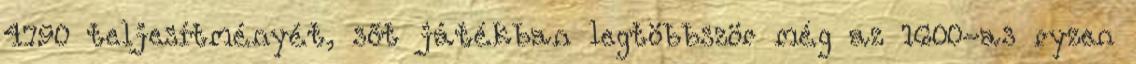
4790 teljesítményét, sőt játékban legtöbbször még az 1600-as ryzen